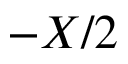
- X / 2